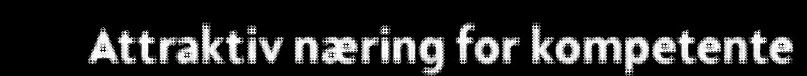
Attraktiv næring for kompetente